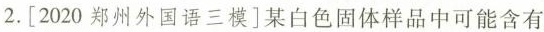
2.[2020郑州外国语三模]某白色固体样品中可能含有